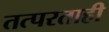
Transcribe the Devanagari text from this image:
तत्परताही